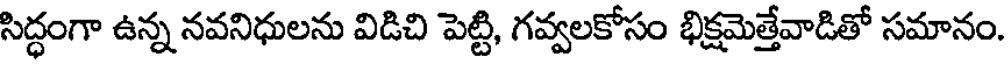
సిద్ధంగా ఉన్న నవనిధులను విడిచి పెట్టి, గవ్వలకోసం భిక్షమెత్తేవాడితో సమానం.